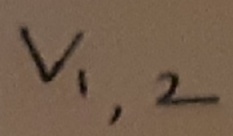
Text: V1,2